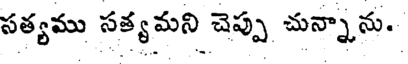
సత్యము సత్యమని చెప్పు చున్నాను.